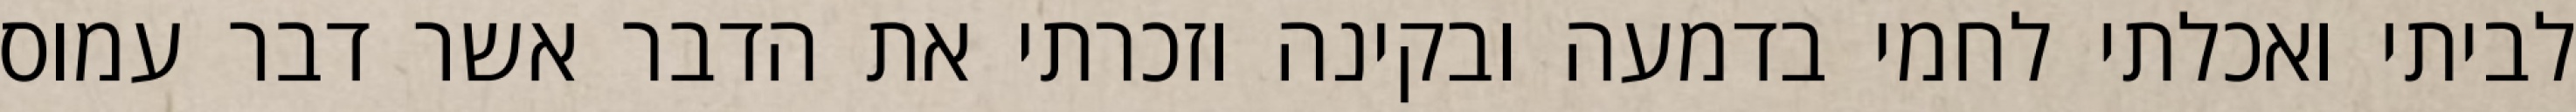
לביתי ואכלתי לחמי בדמעה ובקינה וזכרתי את הדבר אשר דבר עמוס